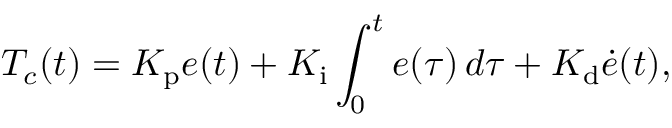
T _ { c } ( t ) = K _ { \mathrm { p } } e ( t ) + K _ { \mathrm { i } } \int _ { 0 } ^ { t } e ( \tau ) \, d \tau + K _ { \mathrm { d } } { \dot { e } } ( t ) ,